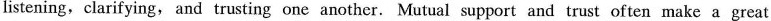
listening, clarifying, and trusting one another. Mutual support and trust often make a great